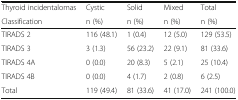
<table><thead><tr><td><b>Thyroid incidentalomas</b></td><td><b>Cystic</b></td><td><b>Solid</b></td><td><b>Mixed</b></td><td><b>Total</b></td></tr><tr><td><b>Classification</b></td><td><b>n (%)</b></td><td><b>n (%)</b></td><td><b>n (%)</b></td><td><b>n (%)</b></td></tr></thead><tbody><tr><td>TIRADS 2</td><td>116 (48.1)</td><td>1 (0.4)</td><td>12 (5.0)</td><td>129 (53.5)</td></tr><tr><td>TIRADS 3</td><td>3 (1.3)</td><td>56 (23.2)</td><td>22 (9.1)</td><td>81 (33.6)</td></tr><tr><td>TIRADS 4A</td><td>0 (0.0)</td><td>20 (8.3)</td><td>5 (2.1)</td><td>25 (10.4)</td></tr><tr><td>TIRADS 4B</td><td>0 (0.0)</td><td>4 (1.7)</td><td>2 (0.8)</td><td>6 (2.5)</td></tr><tr><td>Total</td><td>119 (49.4)</td><td>81 (33.6)</td><td>41 (17.0)</td><td>241 (100.0)</td></tr></tbody></table>